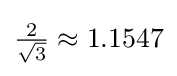
{\tfrac {2}{\sqrt {3}}}\approx 1.1547